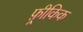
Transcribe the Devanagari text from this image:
फ़्रीकिक